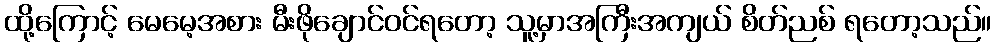
ထို့ကြောင့် မေမေ့အစား မီးဖိုချောင်ဝင်ရတော့ သူ့မှာအကြီးအကျယ် စိတ်ညစ် ရတော့သည်။